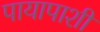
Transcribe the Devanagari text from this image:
पायापाशीं